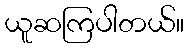
ယူဆကြပါတယ်။